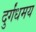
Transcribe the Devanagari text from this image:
दुर्गंधमय